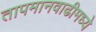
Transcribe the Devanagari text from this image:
तापमानवाढीमध्ये